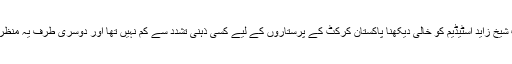
20 ہزار تماشائیوں کی گنجائش رکھنے والے خوبصورت شیخ زاید اسٹیڈیم کو خالی دیکھنا پاکستان کرکٹ کے پرستاروں کے لیے کسی ذہنی تشدد سے کم نہیں تھا اور دوسری طرف یہ منظر پاکستان کرکٹ ٹیم کے برانڈ کے لیے بھی زہر قاتل ہے۔